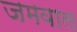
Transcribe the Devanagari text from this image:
जमवाल